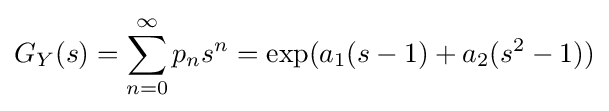
G_{Y}(s)=\sum _{n=0}^{\infty }p_{n}s^{n}=\exp(a_{1}(s-1)+a_{2}(s^{2}-1))